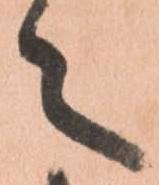
々